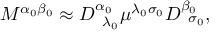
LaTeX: M ^ { \alpha _ { 0 } \beta _ { 0 } } \approx D _ { \; \; \lambda _ { 0 } } ^ { \alpha _ { 0 } } \mu ^ { \lambda _ { 0 } \sigma _ { 0 } } D _ { \; \; \sigma _ { 0 } } ^ { \beta _ { 0 } } ,